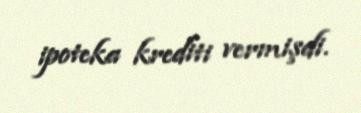
ipoteka krediti vermişdi.